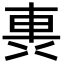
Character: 軣